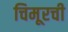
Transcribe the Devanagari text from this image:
चिमूरची